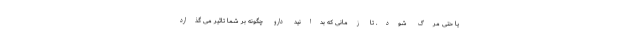
یا حتی مرگ شود. تا زمانی که بدانید دارو چگونه بر شما تاثیر می گذارد